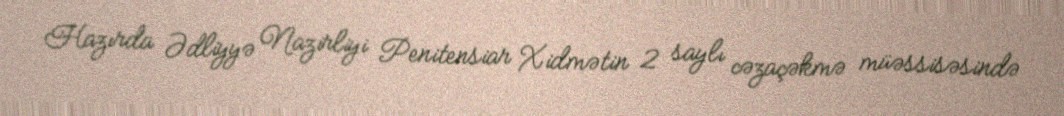
Hazırda Ədliyyə Nazirliyi Penitensiar Xidmətin 2 saylı cəzaçəkmə müəssisəsində